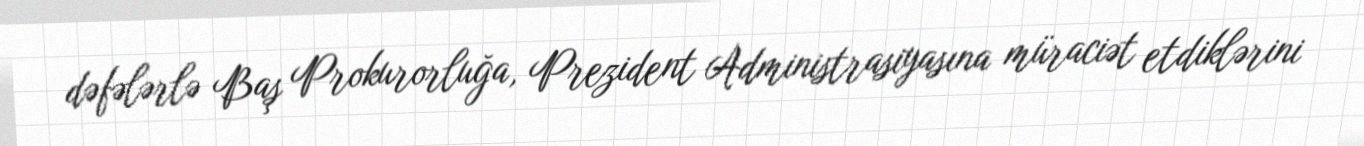
dəfələrlə Baş Prokurorluğa, Prezident Administrasiyasına müraciət etdiklərini